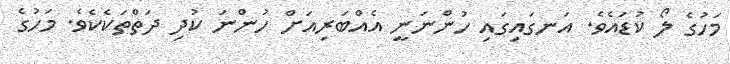
މަހުގެ ލޯ ކުޑައެވެ. އަނގައިގައި ހުންނަނީ އެއްބަރިއަށް ހުންނަ ކުދި ދަތްތަކެކެވެ. މަހުގެ